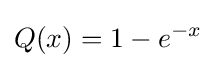
Q(x)=1-e^{-x}